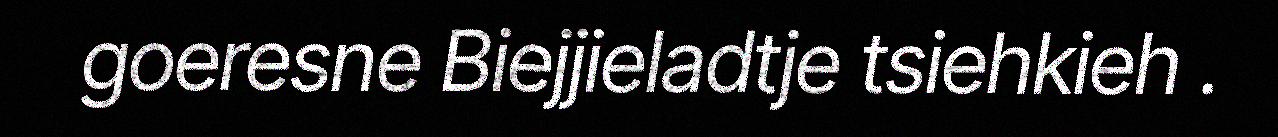
goeresne Biejjieladtje tsiehkieh .